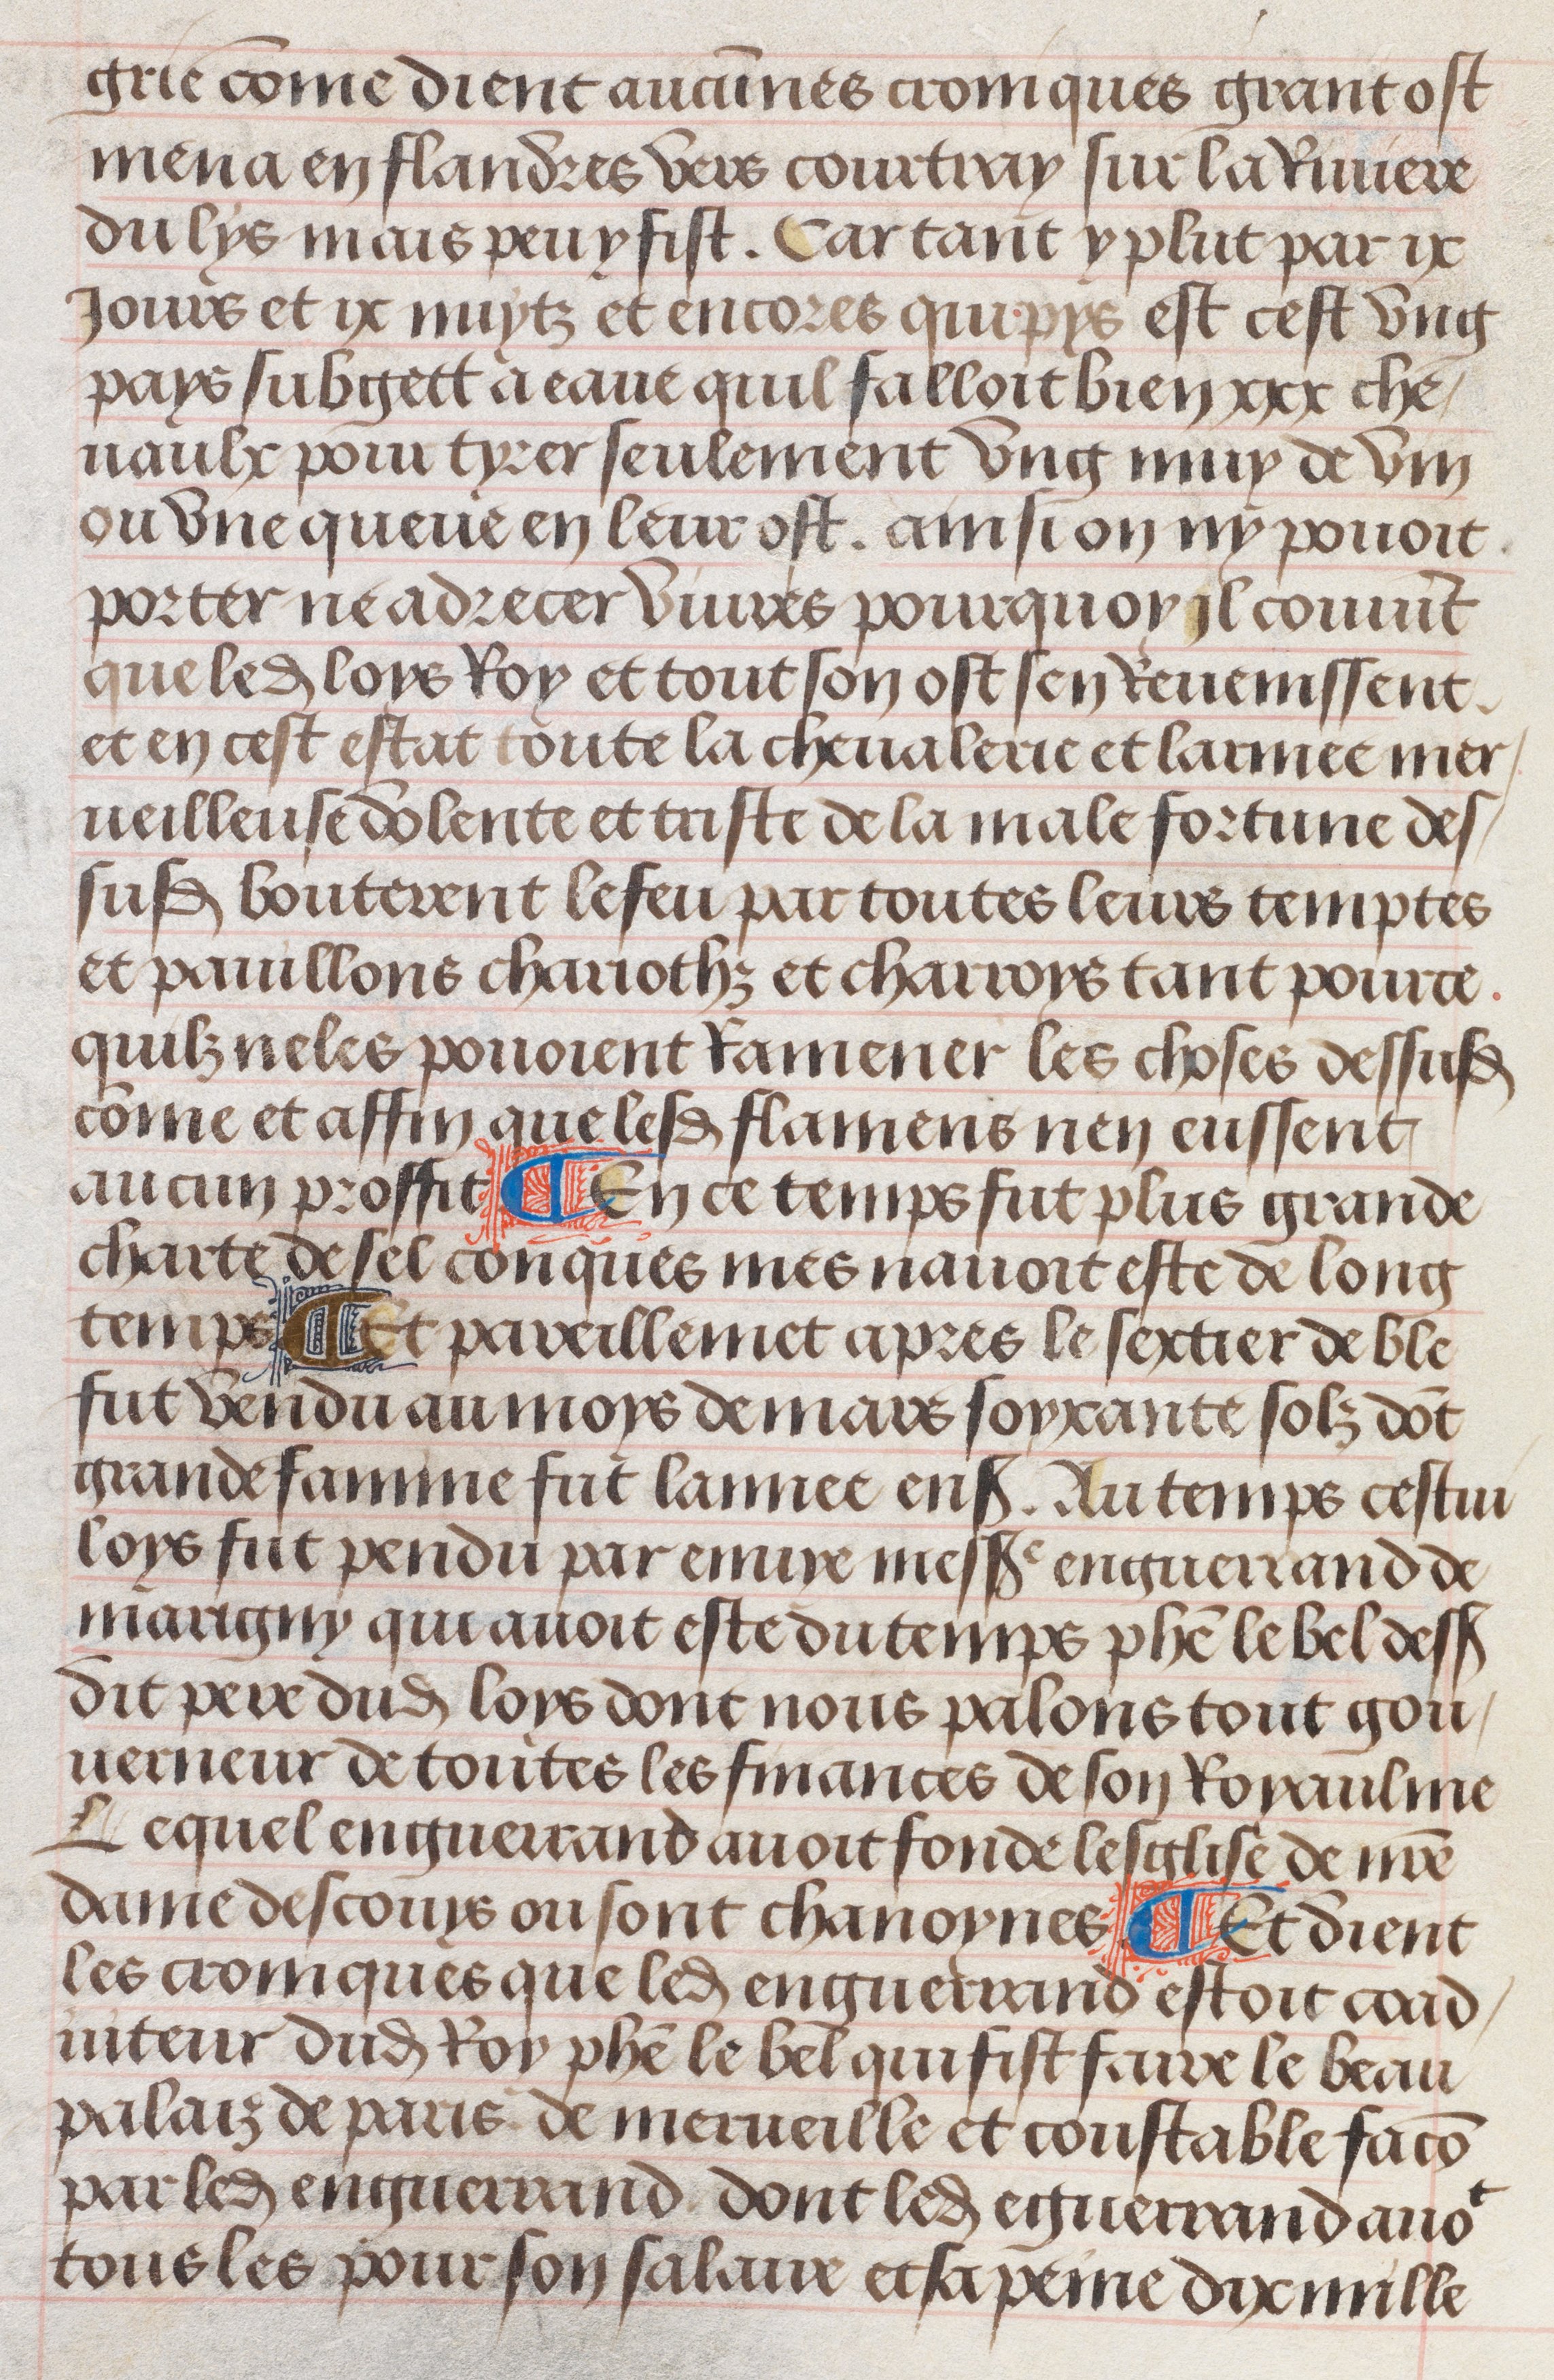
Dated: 1483–1503